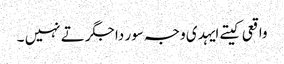
واقعی کیتے ایہدی وجہ سور دا جگر تے نہیں ۔